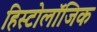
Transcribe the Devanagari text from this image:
हिस्टोलॉजिक